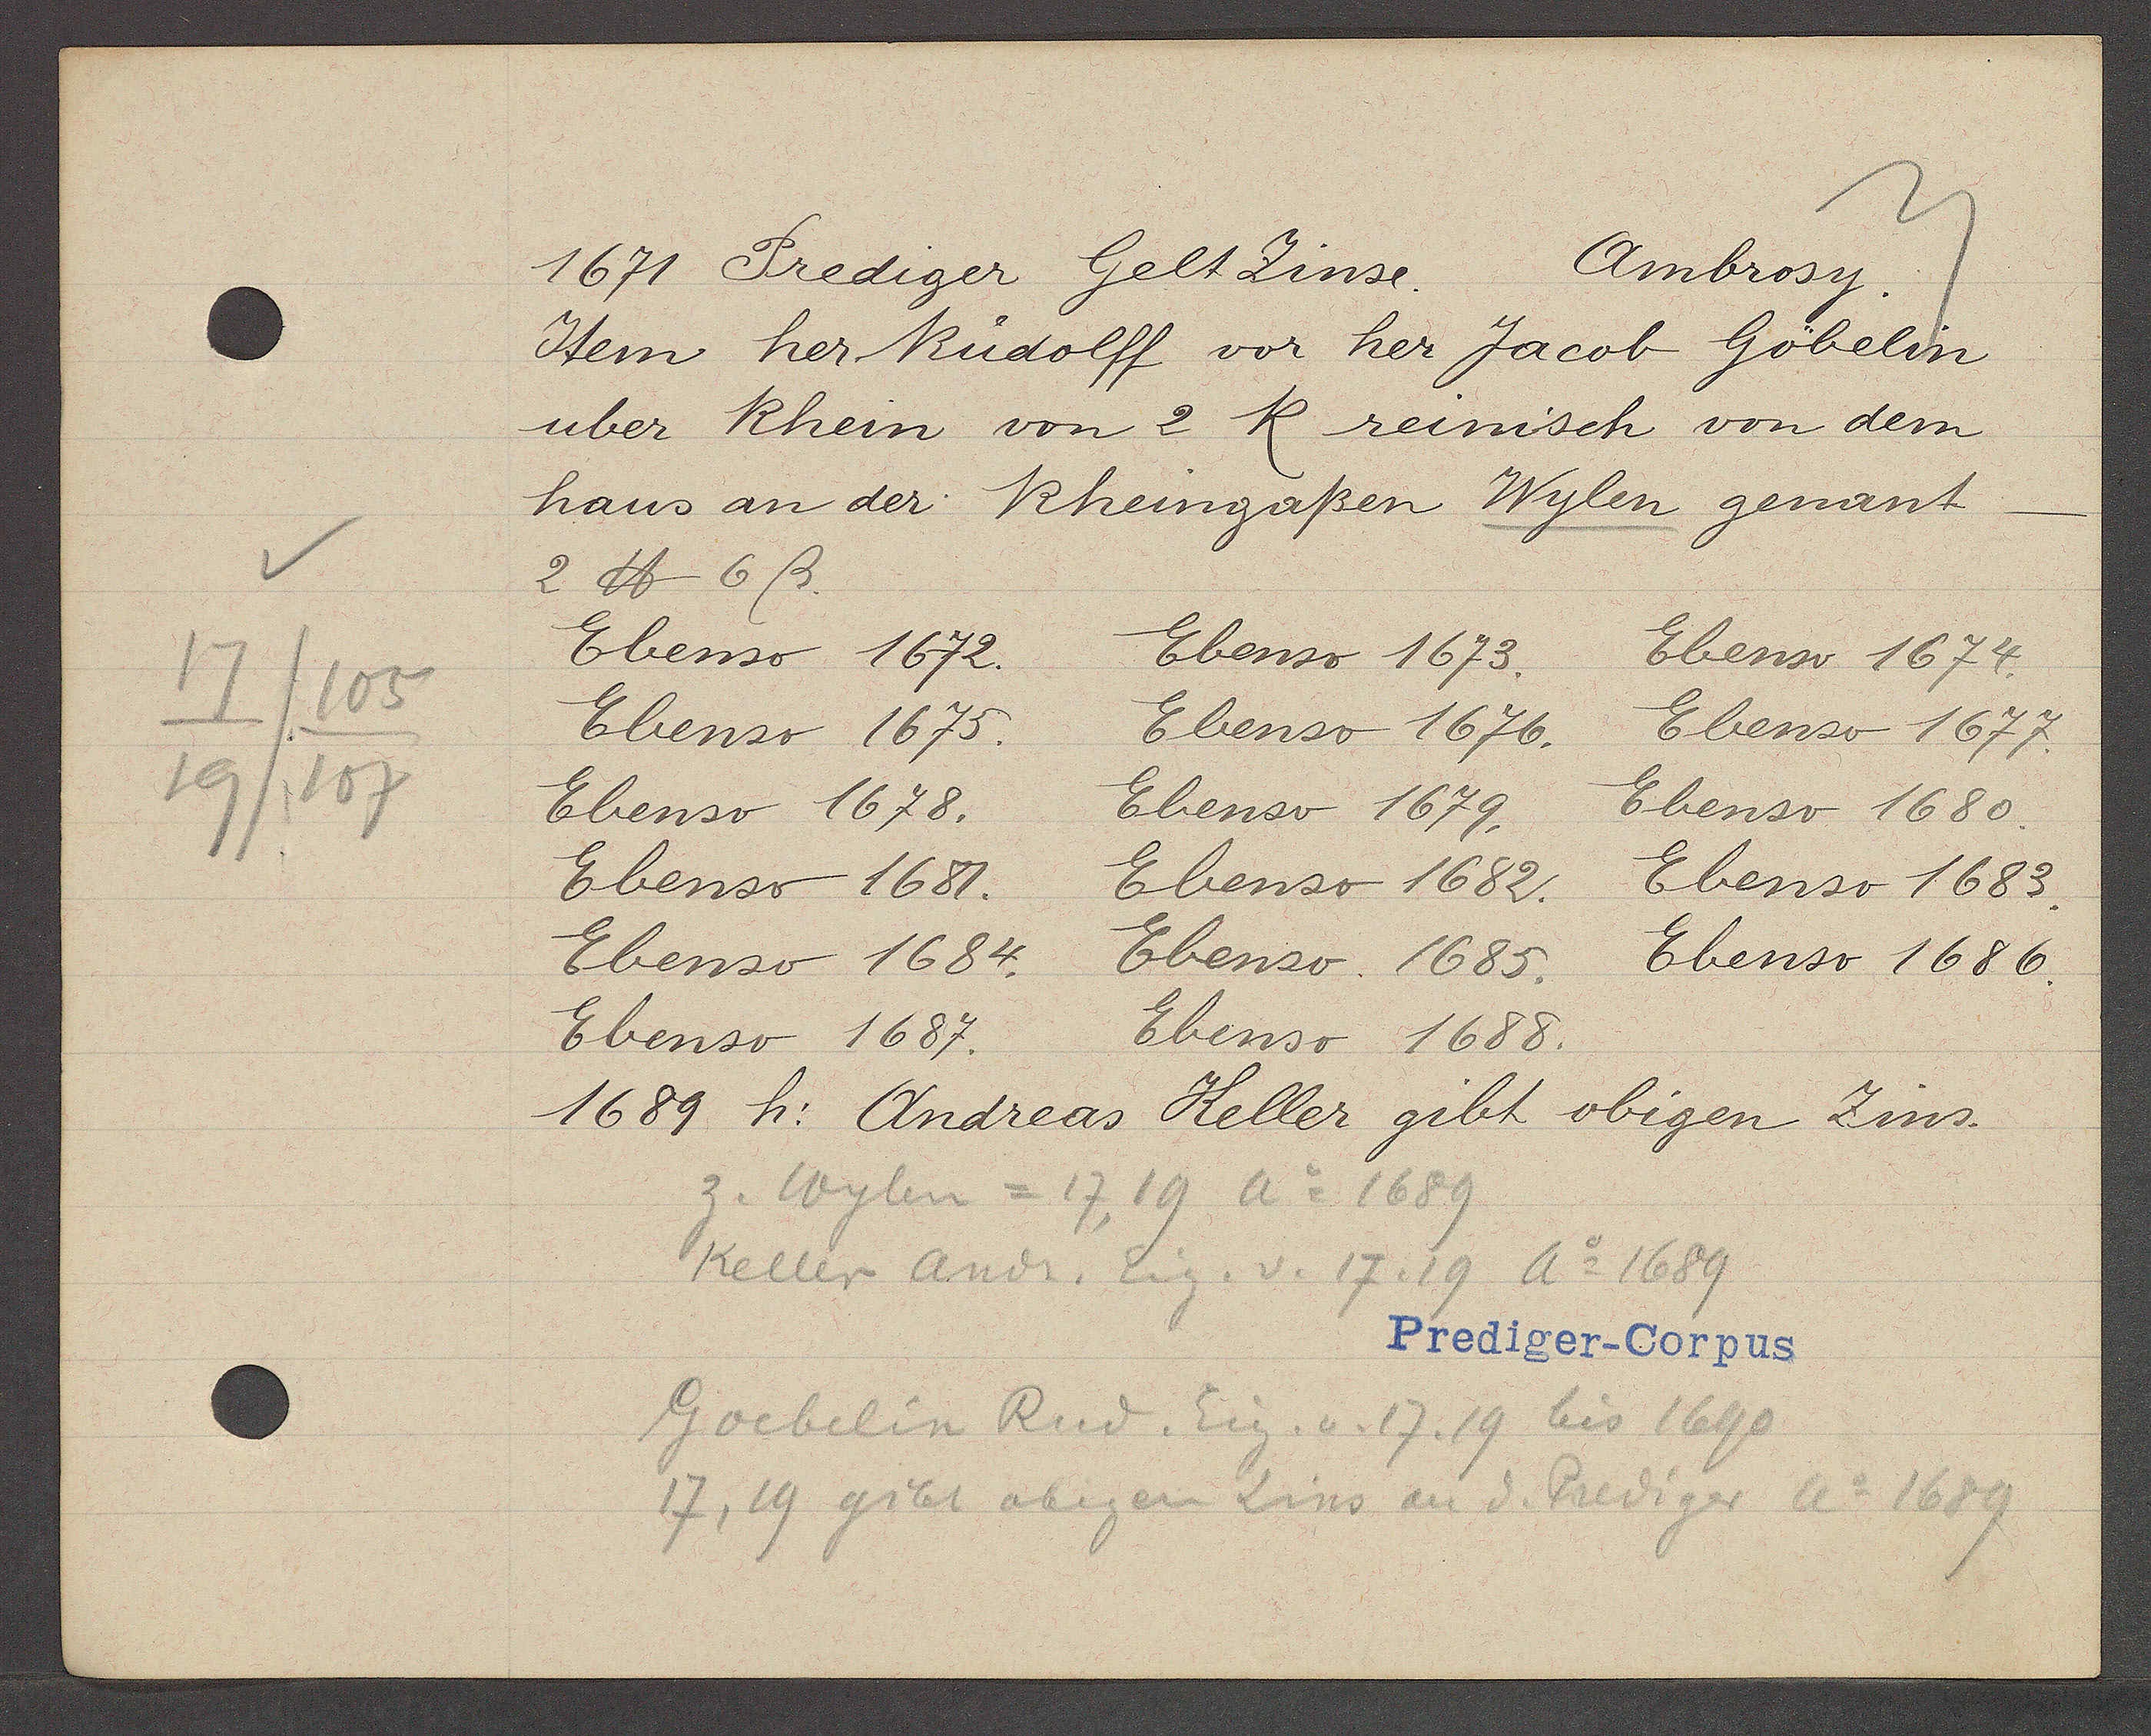
Transcript:
17/105
19/107

Ambrosy.
1671 Prediger Gelt Zinse.

Item her Rudolff vor her Jacob Göbelin
uber Rhein von 2 K reinisch von dem
haus an der Rheingaßen Wylen genant.
2 ℔ 6ß.
Ebenso 1672.
Ebenso 1673.
Ebenso 1674.
Ebenso 1675.
Ebenso 1676.
Ebenso 1677.
Ebenso 1678.
Ebenso 1679.
Ebenso 1680.
Ebenso 1681.
Ebenso 1682.
Ebenso 1683.
Ebenso 1684.
Ebenso 1685.
Ebenso 1686.
Ebenso 1687.
Ebenso 1688.
1689 h: Andreas Keller gibt obigen Zins.

Prediger-Corpus

z. Wylen = 17, 19 Ao 1689
Keller Andr. Eig. v. 17, 19 Ao 1689
Goebelin Rud. Eig. v. 17, 19 bis 1690
17, 19 gibt obigen Zins an d. Prediger Ao 1689